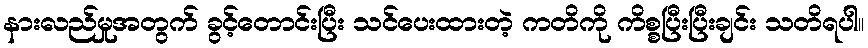
နားလည်မှုအတွက် ခွင့်တောင်းပြီး သင်ပေးထားတဲ့ ကတိကို ကိစ္စပြီးပြီးချင်း သတိရပါ။